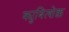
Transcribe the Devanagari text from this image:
क्युबित्शेक्क